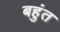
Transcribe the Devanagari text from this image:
बहुंत